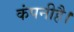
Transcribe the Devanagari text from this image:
कंपनीहै।